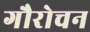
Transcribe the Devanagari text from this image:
गौरोचन